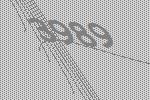
3989